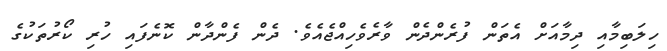
ހިލަބިމާއި ދިމާއަށް އެތަން ފުރެންދެން ވާރެވެހިއްޖެއެވެ. ދެން ފެންދާން ކޮނެފައި ހުރި ކޯރުތަކުގެ